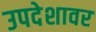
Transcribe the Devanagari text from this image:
उपदेशावर